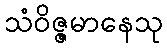
သံဝိဇ္ဇမာနေသု